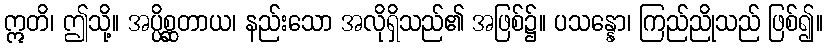
ဣတိ၊ ဤသို့။ အပ္ပိစ္ဆတာယ၊ နည်းသော အလိုရှိသည်၏ အဖြစ်၌။ ပသန္နော၊ ကြည်ညိုသည် ဖြစ်၍။